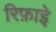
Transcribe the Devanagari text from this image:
रिफ़ाइे